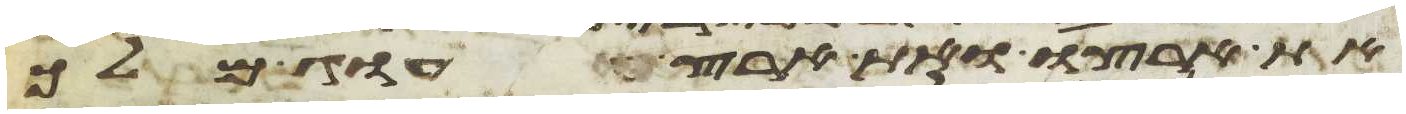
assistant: את ארצו ואת ארץ עוג מלך